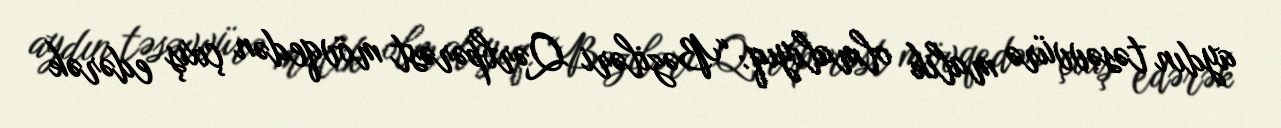
aydın təsəvvürə malik olmalıyıq: “Bəziləri Qərbpərəst mövqedən çıxış edərək